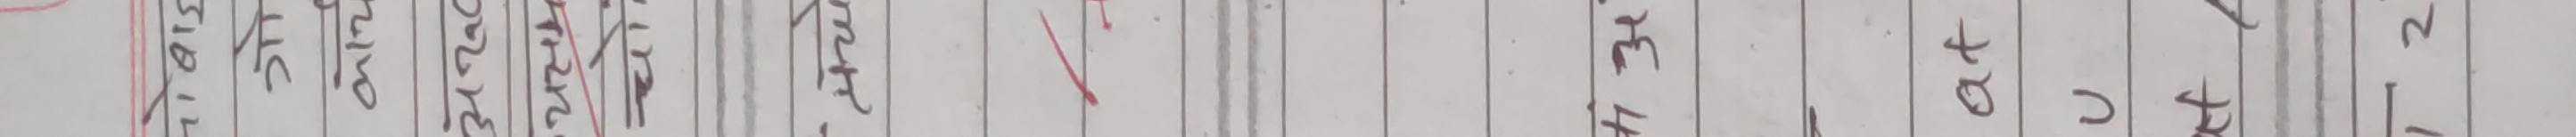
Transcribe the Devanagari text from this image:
अ २ ४ ६ ८ १० १२ १४ १६ १८ २० २२ २४ २६ २८ ३० ३२ ३४ ३६ ३८ ४० ४२ ४४ ४६ ४८ ५० ५२ ५४ ५६ ५८ ६० ६२ ६४ ६६ ६८ ७० ७२ ७४ ७६ ७८ ८० ८२ ८४ ८६ ८८ ९० ९२ ९४ ९६ ९८ १०० १०२ १०४ १०६ १०८ ११० ११२ ११४ ११६ ११८ १२० १२२ १२४ १२६ १२८ १३० १३२ १३४ १३६ १३८ १४० १४२ १४४ १४६ १४८ १५० १५२ १५४ १५६ १५८ १६० १६२ १६४ १६६ १६८ १७० १७२ १७४ १७६ १७८ १८० १८२ १८४ १८६ १८८ १९० १९२ १९४ १९६ १९८ २०० २०२ २०४ २०६ २०८ २१० २१२ २१४ २१६ २१८ २२० २२२ २२४ २२६ २२८ २३० २३२ २३४ २३६ २३८ २४० २४२ २४४ २४६ २४८ २५० २५२ २५४ २५६ २५८ २६० २६२ २६४ २६६ २६८ २७० २७२ २७४ २७६ २७८ २८० २८२ २८४ २८६ २८८ २९० २९२ २९४ २९६ २९८ ३०० ३०२ ३०४ ३०६ ३०८ ३१० ३१२ ३१४ ३१६ ३१८ ३२० ३२२ ३२४ ३२६ ३२८ ३३० ३३२ ३३४ ३३६ ३३८ ३४० ३४२ ३४४ ३४६ ३४८ ३५० ३५२ ३५४ ३५६ ३५८ ३६० ३६२ ३६४ ३६६ ३६८ ३७० ३७२ ३७४ ३७६ ३७८ ३८० ३८२ ३८४ ३८६ ३८८ ३९० ३९२ ३९४ ३९६ ३९८ ४०० ४०२ ४०४ ४०६ ४०८ ४१० ४१२ ४१४ ४१६ ४१८ ४२० ४२२ ४२४ ४२६ ४२८ ४३० ४३२ ४३४ ४३६ ४३८ ४४० ४४२ ४४४ ४४६ ४४८ ४५० ४५२ ४५४ ४५६ ४५८ ४६० ४६२ ४६४ ४६६ ४६८ ४७० ४७२ ४७४ ४७६ ४७८ ४८० ४८२ ४८४ ४८६ ४८८ ४९० ४९२ ४९४ ४९६ ४९८ ५०० ५०२ ५०४ ५०६ ५०८ ५१० ५१२ ५१४ ५१६ ५१८ ५२० ५२२ ५२४ ५२६ ५२८ ५३० ५३२ ५३४ ५३६ ५३८ ५४० ५४२ ५४४ ५४६ ५४८ ५५० ५५२ ५५४ ५५६ ५५८ ५६० ५६२ ५६४ ५६६ ५६८ ५७० ५७२ ५७४ ५७६ ५७८ ५८० ५८२ ५८४ ५८६ ५८८ ५९० ५९२ ५९४ ५९६ ५९८ ६०० ६०२ ६०४ ६०६ ६०८ ६१० ६१२ ६१४ ६१६ ६१८ ६२० ६२२ ६२४ ६२६ ६२८ ६३० ६३२ ६३४ ६३६ ६३८ ६४० ६४२ ६४४ ६४६ ६४८ ६५० ६५२ ६५४ ६५६ ६५८ ६६० ६६२ ६६४ ६६६ ६६८ ६७० ६७२ ६७४ ६७६ ६७८ ६८० ६८२ ६८४ ६८६ ६८८ ६९० ६९२ ६९४ ६९६ ६९८ ७०० ७०२ ७०४ ७०६ ७०८ ७१० ७१२ ७१४ ७१६ ७१८ ७२० ७२२ ७२४ ७२६ ७२८ ७३० ७३२ ७३४ ७३६ ७३८ ७४० ७४२ ७४४ ७४६ ७४८ ७५० ७५२ ७५४ ७५६ ७५८ ७६० ७६२ ७६४ ७६६ ७६८ ७७० ७७२ ७७४ ७७६ ७७८ ७८० ७८२ ७८४ ७८६ ७८८ ७९० ७९२ ७९४ ७९६ ७९८ ८०० ८०२ ८०४ ८०६ ८०८ ८१० ८१२ ८१४ ८१६ ८१८ ८२० ८२२ ८२४ ८२६ ८२८ ८३० ८३२ ८३४ ८३६ ८३८ ८४० ८४२ ८४४ ८४६ ८४८ ८५० ८५२ ८५४ ८५६ ८५८ ८६० ८६२ ८६४ ८६६ ८६८ ८७० ८७२ ८७४ ८७६ ८७८ ८८० ८८२ ८८४ ८८६ ८८८ ८९० ८९२ ८९४ ८९६ ८९८ ९०० ९०२ ९०४ ९०६ ९०८ ९१० ९१२ ९१४ ९१६ ९१८ ९२० ९२२ ९२४ ९२६ ९२८ ९३० ९३२ ९३४ ९३६ ९३८ ९४० ९४२ ९४४ ९४६ ९४८ ९५० ९५२ ९५४ ९५६ ९५८ ९६० ९६२ ९६४ ९६६ ९६८ ९७० ९७२ ९७४ ९७६ ९७८ ९८० ९८२ ९८४ ९८६ ९८८ ९९० ९९२ ९९४ ९९६ ९९८ १००० अ २ ३ ४ ५ ६ ७ ८ ९ १० ११ १२ १३ १४ १५ १६ १७ १८ १९ २० २१ २२ २३ २४ २५ २६ २७ २८ २९ ३० ३१ ३२ ३३ ३४ ३५ ३६ ३७ ३८ ३९ ४० ४१ ४२ ४३ ४४ ४५ ४६ ४७ ४८ ४९ ५० ५१ ५२ ५३ ५४ ५५ ५६ ५७ ५८ ५९ ६० ६१ ६२ ६३ ६४ ६५ ६६ ६७ ६८ ६९ ७० ७१ ७२ ७३ ७४ ७५ ७६ ७७ ७८ ७९ ८० ८१ ८२ ८३ ८४ ८५ ८६ ८७ ८८ ८९ ९० ९१ ९२ ९३ ९४ ९५ ९६ ९७ ९८ ९९ १०० १०१ १०२ १०३ १०४ १०५ १०६ १०७ १०८ १०९ ११० १११ ११२ ११३ ११४ ११५ ११६ ११७ ११८ ११९ १२० १२१ १२२ १२३ १२४ १२५ १२६ १२७ १२८ १२९ १३० १३१ १३२ १३३ १३४ १३५ १३६ १३७ १३८ १३९ १४० १४१ १४२ १४३ १४४ १४५ १४६ १४७ १४८ १४९ १५० १५१ १५२ १५३ १५४ १५५ १५६ १५७ १५८ १५९ १६० १६१ १६२ १६३ १६४ १६५ १६६ १६७ १६८ १६९ १७० १७१ १७२ १७३ १७४ १७५ १७६ १७७ १७८ १७९ १८० १८१ १८२ १८३ १८४ १८५ १८६ १८७ १८८ १८९ १९० १९१ १९२ १९३ १९४ १९५ १९६ १९७ १९८ १९९ २०० २०१ २०२ २०३ २०४ २०५ २०६ २०७ २०८ २०९ २१० २११ २१२ २१३ २१४ २१५ २१६ २१७ २१८ २१९ २२० २२१ २२२ २२३ २२४ २२५ २२६ २२७ २२८ २२९ २३० २३१ २३२ २३३ २३४ २३५ २३६ २३७ २३८ २३९ २४० २४१ २४२ २४३ २४४ २४५ २४६ २४७ २४८ २४९ २५० २५१ २५२ २५३ २५४ २५५ २५६ २५७ २५८ २५९ २६० २६१ २६२ २६३ २६४ २६५ २६६ २६७ २६८ २६९ २७० २७१ २७२ २७३ २७४ २७५ २७६ २७७ २७८ २७९ २८० २८१ २८२ २८३ २८४ २८५ २८६ २८७ २८८ २८९ २९० २९१ २९२ २९३ २९४ २९५ २९६ २९७ २९८ २९९ ३०० ३०१ ३०२ ३०३ ३०४ ३०५ ३०६ ३०७ ३०८ ३०९ ३१० ३११ ३१२ ३१३ ३१४ ३१५ ३१६ ३१७ ३१८ ३१९ ३२० ३२१ ३२२ ३२३ ३२४ ३२५ ३२६ ३२७ ३२८ ३२९ ३३० ३३१ ३३२ ३३३ ३३४ ३३५ ३३६ ३३७ ३३८ ३३९ ३४० ३४१ ३४२ ३४३ ३४४ ३४५ ३४६ ३४७ ३४८ ३४९ ३५० ३५१ ३५२ ३५३ ३५४ ३५५ ३५६ ३५७ ३५८ ३५९ ३६० ३६१ ३६२ ३६३ ३६४ ३६५ ३६६ ३६७ ३६८ ३६९ ३७० ३७१ ३७२ ३७३ ३७४ ३७५ ३७६ ३७७ ३७८ ३७९ ३८० ३८१ ३८२ ३८३ ३८४ ३८५ ३८६ ३८७ ३८८ ३८९ ३९० ३९१ ३९२ ३९३ ३९४ ३९५ ३९६ ३९७ ३९८ ३९९ ४०० ४०१ ४०२ ४०३ ४०४ ४०५ ४०६ ४०७ ४०८ ४०९ ४१० ४११ ४१२ ४१३ ४१४ ४१५ ४१६ ४१७ ४१८ ४१९ ४२० ४२१ ४२२ ४२३ ४२४ ४२५ ४२६ ४२७ ४२८ ४२९ ४३० ४३१ ४३२ ४३३ ४३४ ४३५ ४३६ ४३७ ४३८ ४३९ ४४० ४४१ ४४२ ४४३ ४४४ ४४५ ४४६ ४४७ ४४८ ४४९ ४५० ४५१ ४५२ ४५३ ४५४ ४५५ ४५६ ४५७ ४५८ ४५९ ४६० ४६१ ४६२ ४६३ ४६४ ४६५ ४६६ ४६७ ४६८ ४६९ ४७० ४७१ ४७२ ४७३ ४७४ ४७५ ४७६ ४७७ ४७८ ४७९ ४८० ४८१ ४८२ ४८३ ४८४ ४८५ ४८६ ४८७ ४८८ ४८९ ४९० ४९१ ४९२ ४९३ ४९४ ४९५ ४९६ ४९७ ४९८ ४९९ ५०० ५०१ ५०२ ५०३ ५०४ ५०५ ५०६ ५०७ ५०८ ५०९ ५१० ५११ ५१२ ५१३ ५१४ ५१५ ५१६ ५१७ ५१८ ५१९ ५२० ५२१ ५२२ ५२३ ५२४ ५२५ ५२६ ५२७ ५२८ ५२९ ५३० ५३१ ५३२ ५३३ ५३४ ५३५ ५३६ ५३७ ५३८ ५३९ ५४० ५४१ ५४२ ५४३ ५४४ ५४५ ५४६ ५४७ ५४८ ५४९ ५५० ५५१ ५५२ ५५३ ५५४ ५५५ ५५६ ५५७ ५५८ ५५९ ५६० ५६१ ५६२ ५६३ ५६४ ५६५ ५६६ ५७७ ५७८ ५७९ ५८० ५८१ ५८२ ५८३ ५८४ ५८५ ५८६ ५८७ ५८८ ५८९ ५९० ५९१ ५९२ ५९३ ५९४ ५९५ ५९६ ५९७ ५९८ ५९९ ६०० ६०१ ६०२ ६०३ ६०४ ६०५ ६०६ ६०७ ६०८ ६०९ ६१० ६११ ६१२ ६१३ ६१४ ६१५ ६१६ ६१७ ६१८ ६१९ ६२० ६२१ ६२२ ६२३ ६२४ ६२५ ६२६ ६२७ ६२८ ६२९ ६३० ६३१ ६३२ ६३३ ६३४ ६३५ ६३६ ६३७ ६३८ ६३९ ६४० ६४१ ६४२ ६४३ ६४४ ६४५ ६४६ ६४७ ६४८ ६४९ ६५० ६५१ ६५२ ६५३ ६५४ ६५५ ६५६ ६५७ ६५८ ६५९ ६६० ६६१ ६६२ ६६३ ६६४ ६६५ ६६६ ६६७ ६६८ ६६९ ६७० ६७१ ६७२ ६७३ ६७४ ६७५ ६७६ ६७७ ६७८ ६७९ ६८० ६८१ ६८२ ६८३ ६८४ ६८५ ६८६ ६८७ ६८८ ६८९ ६९० ६९१ ६९२ ६९३ ६९४ ६९५ ६९६ ६९७ ६९८ ६९९ ७०० ७०१ ७०२ ७०३ ७०४ ७०५ ७०६ ७०७ ७०८ ७०९ ७१० ७११ ७१२ ७१३ ७१४ ७१५ ७१६ ७१७ ७१८ ७१९ ७२० ७२१ ७२२ ७२३ ७२४ ७२५ ७२६ ७२७ ७२८ ७२९ ७३० ७३१ ७३२ ७३३ ७३४ ७३५ ७३६ ७३७ ७३८ ७३९ ७४० ७४१ ७४२ ७४३ ७४४ ७४५ ७४६ ७४७ ७४८ ७४९ ७५० ७५१ ७५२ ७५३ ७५४ ७५५ ७५६ ७५७ ७५८ ७५९ ७६० ७६१ ७६२ ७६३ ७६४ ७६५ ७६६ ७६७ ७६८ ७६९ ७७० ७७१ ७७२ ७७३ ७७४ ७७५ ७७६ ७७७ ७७८ ७७९ ७८० ७८१ ७८२ ७८३ ७८४ ७८५ ७८६ ७८७ ७८८ ७८९ ७९० ७९१ ७९२ ७९३ ७९४ ७९५ ७९६ ७९७ ७९८ ७९९ ८०० ८०१ ८०२ ८०३ ८०४ ८०५ ८०६ ८०७ ८०८ ८०९ ८१० ८११ ८१२ ८१३ ८१४ ८१५ ८१६ ८१७ ८१८ ८१९ ८२० ८२१ ८२२ ८२३ ८२४ ८२५ ८२६ ८२७ ८२८ ८२९ ८३० ८३१ ८३२ ८३३ ८३४ ८३५ ८३६ ८३७ ८३८ ८३९ ८४० ८४१ ८४२ ८४३ ८४४ ८४५ ८४६ ८४७ ८४८ ८४९ ८५० ८५१ ८५२ ८५३ ८५४ ८५५ ८५६ ८५७ ८५८ ८५९ ८६० ८६१ ८६२ ८६३ ८६४ ८६५ ८६६ ८६७ ८६८ ८६९ ८७० ८७१ ८७२ ८७३ ८७४ ८७५ ८७६ ८७७ ८७८ ८७९ ८८० ८८१ ८८२ ८८३ ८८४ ८८५ ८८६ ८८७ ८८८ ८८९ ८९० ८९१ ८९२ ८९३ ८९४ ८९५ ८९६ ८९७ ८९८ ८९९ ९०० ९०१ ९०२ ९०३ ९०४ ९०५ ९०६ ९०७ ९०८ ९०९ ९१० ९११ ९१२ ९१३ ९१४ ९१५ ९१६ ९१७ ९१८ ९१९ ९२० ९२१ ९२२ ९२३ ९२४ ९२५ ९२६ ९२७ ९२८ ९२९ ९३० ९३१ ९३२ ९३३ ९३४ ९३५ ९३६ ९३७ ९३८ ९३९ ९४० ९४१ ९४२ ९४३ ९४४ ९४५ ९४६ ९४७ ९४८ ९४९ ९५० ९५१ ९५२ ९५३ ९५४ ९५५ ९५६ ९५७ ९५८ ९५९ ९६० ९६१ ९६२ ९६३ ९६४ ९६५ ९६६ ९६७ ९६८ ९६९ ९७० ९७१ ९७२ ९७३ ९७४ ९७५ ९७६ ९७७ ९७८ ९७९ ९८० ९८१ ९८२ ९८३ ९८४ ९८५ ९८६ ९८७ ९८८ ९८९ ९९० ९९१ ९९२ ९९३ ९९४ ९९५ ९९६ ९९७ ९९८ ९९९ १००० अनुक्रमणिका विषय पृष्ठ १ २ ३ ४ ५ ६ ७ ८ ९ १० ११ १२ १३ १४ १५ १६ १७ १८ १९ २० २१ २२ २३ २४ २५ २६ २७ २८ २९ ३० ३१ ३२ ३३ ३४ ३५ ३६ ३७ ३८ ३९ ४० ४१ ४२ ४३ ४४ ४५ ४६ ४७ ४८ ४९ ५० ५१ ५२ ५३ ५४ ५५ ५६ ५७ ५८ ५९ ६० ६१ ६२ ६३ ६४ ६५ ६६ ६७ ६८ ६९ ७० ७१ ७२ ७३ ७४ ७५ ७६ ७७ ७८ ७९ ८० ८१ ८२ ८३ ८४ ८५ ८६ ८७ ८८ ८९ ९० ९१ ९२ ९३ ९४ ९५ ९६ ९७ ९८ ९९ १०० १०१ १०२ १०३ १०४ १०५ १०६ १०७ १०८ १०९ ११० १११ ११२ ११३ ११४ ११५ ११६ ११७ ११८ ११९ १२० १२१ १२२ १२३ १२४ १२५ १२६ १२७ १२८ १२९ १३० १३१ १३२ १३३ १३४ १३५ १३६ १३७ १३८ १३९ १४० १४१ १४२ १४३ १४४ १४५ १४६ १४७ १४८ १४९ १५० १५१ १५२ १५३ १५४ १५५ १५६ १५७ १५८ १५९ १६० १६१ १६२ १६३ १६४ १६५ १६६ १६७ १६८ १६९ १७० १७१ १७२ १७३ १७४ १७५ १७६ १७७ १७८ १७९ १८० १८१ १८२ १८३ १८४ १८५ १८६ १८७ १८८ १८९ १९० १९१ १९२ १९३ १९४ १९५ १९६ १९७ १९८ १९९ २०० २०१ २०२ २०३ २०४ २०५ २०६ २०७ २०८ २०९ २१० २११ २१२ २१३ २१४ २१५ २१६ २१७ २१८ २१९ २२० २२१ २२२ २२३ २२४ २२५ २२६ २२७ २२८ २२९ २३० २३१ २३२ २३३ २३४ २३५ २३६ २३७ २३८ २३९ २४० २४१ २४२ २४३ २४४ २४५ २४६ २४७ २४८ २४९ २५० २५१ २५२ २५३ २५४ २५५ २५६ २५७ २५८ २५९ २६० २६१ २६२ २६३ २६४ २६५ २६६ २६७ २६८ २६९ २७० २७१ २७२ २७३ २७४ २७५ २७६ २७७ २७८ २७९ २८० २८१ २८२ २८३ २८४ २८५ २८६ २८७ २८८ २८९ २९० २९१ २९२ २९३ २९४ २९५ २९६ २९७ २९८ २९९ ३०० ३०१ ३०२ ३०३ ३०४ ३०५ ३०६ ३०७ ३०८ ३०९ ३१० ३११ ३१२ ३१३ ३१४ ३१५ ३१६ ३१७ ३१८ ३१९ ३२० ३२१ ३२२ ३२३ ३२४ ३२५ ३२६ ३२७ ३२८ ३२९ ३३० ३३१ ३३२ ३३३ ३३४ ३३५ ३३६ ३३७ ३३८ ३३९ ३४० ३४१ ३४२ ३४३ ३४४ ३४५ ३४६ ३४७ ३४८ ३४९ ३५० ३५१ ३५२ ३५३ ३५४ ३५५ ३५६ ३५७ ३५८ ३५९ ३६० ३६१ ३६२ ३६३ ३६४ ३६५ ३६६ ३६७ ३६८ ३६९ ३७० ३७१ ३७२ ३७३ ३७४ ३७५ ३७६ ३७७ ३७८ ३७९ ३८० ३८१ ३८२ ३८३ ३८४ ३८५ ३८६ ३८७ ३८८ ३८९ ३९० ३९१ ३९२ ३९३ ३९४ ३९५ ३९६ ३९७ ३९८ ३९९ ४०० ४०१ ४०२ ४०३ ४०४ ४०५ ४०६ ४०७ ४०८ ४०९ ४१० ४११ ४१२ ४१३ ४१४ ४१५ ४१६ ४१७ ४१८ ४१९ ४२० ४२१ ४२२ ४२३ ४२४ ४२५ ४२६ ४२७ ४२८ ४२९ ४३० ४३१ ४३२ ४३३ ४३४ ४३५ ४३६ ४३७ ४३८ ४३९ ४४० ४४१ ४४२ ४४३ ४४४ ४४५ ४४६ ४४७ ४४८ ४४९ ४५० ४५१ ४५२ ४५३ ४५४ ४५५ ४५६ ४५७ ४५८ ४५९ ४६० ४६१ ४६२ ४६३ ४६४ ४६५ ४६६ ४६७ ४६८ ४६९ ४७० ४७१ ४७२ ४७३ ४७४ ४७५ ४७६ ४७७ ४७८ ४७९ ४८० ४८१ ४८२ ४८३ ४८४ ४८५ ४८६ ४८७ ४८८ ४८९ ४९० ४९१ ४९२ ४९३ ४९४ ४९५ ४९६ ४९७ ४९८ ४९९ ५०० ५०१ ५०२ ५०३ ५०४ ५०५ ५०६ ५०७ ५०८ ५०९ ५१० ५११ ५१२ ५१३ ५१४ ५१५ ५१६ ५१७ ५१८ ५१९ ५२० ५२१ ५२२ ५२३ ५२४ ५२५ ५२६ ५२७ ५२८ ५२९ ५३० ५३१ ५३२ ५३३ ५३४ ५३५ ५३६ ५३७ ५३८ ५३९ ५४० ५४१ ५४२ ५४३ ५४४ ५४५ ५४६ ५४७ ५४८ ५४९ ५५० ५५१ ५५२ ५५३ ५५४ ५५५ ५५६ ५५७ ५५८ ५५९ ५६० ५६१ ५६२ ५६३ ५६४ ५६५ ५६६ ५६७ ५६८ ५६९ ५७० ५७१ ५७२ ५७३ ५७४ ५७५ ५७६ ५७७ ५७८ ५७९ ५८० ५८१ ५८२ ५८३ ५८४ ५८५ ५८६ ५८७ ५८८ ५८९ ५९० ५९१ ५९२ ५९३ ५९४ ५९५ ५९६ ५९७ ५९८ ५९९ ६०० ६०१ ६०२ ६०३ ६०४ ६०५ ६०६ ६०७ ६०८ ६०९ ६१० ६११ ६१२ ६१३ ६१४ ६१५ ६१६ ६१७ ६१८ ६१९ ६२० ६२१ ६२२ ६२३ ६२४ ६२५ ६२६ ६२७ ६२८ ६२९ ६३० ६३१ ६३२ ६३३ ६३४ ६३५ ६३६ ६३७ ६३८ ६३९ ६४० ६४१ ६४२ ६४३ ६४४ ६४५ ६४६ ६४७ ६४८ ६४९ ६५० ६५१ ६५२ ६५३ ६५४ ६५५ ६५६ ६५७ ६५८ ६५९ ६६० ६६१ ६६२ ६६३ ६६४ ६६५ ६६६ ६६७ ६६८ ६६९ ६७० ६७१ ६७२ ६७३ ६७४ ६७५ ६७६ ६७७ ६७८ ६७९ ६८० ६८१ ६८२ ६८३ ६८४ ६८५ ६८६ ६८७ ६८८ ६८९ ६९० ६९१ ६९२ ६९३ ६९४ ६९५ ६९६ ६९७ ६९८ ६९९ ७०० ७०१ ७०२ ७०३ ७०४ ७०५ ७०६ ७०७ ७०८ ७०९ ७१० ७११ ७१२ ७१३ ७१४ ७१५ ७१६ ७१७ ७१८ ७१९ ७२० ७२१ ७२२ ७२३ ७२४ ७२५ ७२६ ७२७ ७२८ ७२९ ७३० ७३१ ७३२ ७३३ ७३४ ७३५ ७३६ ७३७ ७३८ ७३९ ७४० ७४१ ७४२ ७४३ ७४४ ७४५ ७४६ ७४७ ७४८ ७४९ ७५० ७५१ ७५२ ७५३ ७५४ ७५५ ७५६ ७५७ ७५८ ७५९ ७६० ७६१ ७६२ ७६३ ७६४ ७६५ ७६६ ७६७ ७६८ ७६९ ७७० ७७१ ७७२ ७७३ ७७४ ७७५ ७७६ ७७७ ७७८ ७७९ ७८० ७८१ ७८२ ७८३ ७८४ ७८५ ७८६ ७८७ ७८८ ७८९ ७९० ७९१ ७९२ ७९३ ७९४ ७९५ ७९६ ७९७ ७९८ ७९९ ८०० ८०१ ८०२ ८०३ ८०४ ८०५ ८०६ ८०७ ८०८ ८०९ ८१० ८११ ८१२ ८१३ ८१४ ८१५ ८१६ ८१७ ८१८ ८१९ ८२० ८२१ ८२२ ८२३ ८२४ ८२५ ८२६ ८२७ ८२८ ८२९ ८३० ८३१ ८३२ ८३३ ८३४ ८३५ ८३६ ८३७ ८३८ ८३९ ८४० ८४१ ८४२ ८४३ ८४४ ८४५ ८४६ ८४७ ८४८ ८४९ ८५० ८५१ ८५२ ८५३ ८५४ ८५५ ८५६ ८५७ ८५८ ८५९ ८६० ८६१ ८६२ ८६३ ८६४ ८६५ ८६६ ८६७ ८६८ ८६९ ८७० ८७१ ८७२ ८७३ ८७४ ८७५ ८७६ ८७७ ८७८ ८७९ ८८० ८८१ ८८२ ८८३ ८८४ ८८५ ८८६ ८८७ ८८८ ८८९ ८९० ८९१ ८९२ ८९३ ८९४ ८९५ ८९६ ८९७ ८९८ ८९९ ९०० ९०१ ९०२ ९०३ ९०४ ९०५ ९०६ ९०७ ९०८ ९०९ ९१० ९११ ९१२ ९१३ ९१४ ९१५ ९१६ ९१७ ९१८ ९१९ ९२० ९२१ ९२२ ९२३ ९२४ ९२५ ९२६ ९२७ ९२८ ९२९ ९३० ९३१ ९३२ ९३३ ९३४ ९३५ ९३६ ९३७ ९३८ ९३९ ९४० ९४१ ९४२ ९४३ ९४४ ९४५ ९४६ ९४७ ९४८ ९४९ ९५० ९५१ ९५२ ९५३ ९५४ ९५५ ९५६ ९५७ ९५८ ९५९ ९६० ९६१ ९६२ ९६३ ९६४ ९६५ ९६६ ९६७ ९६८ ९६९ ९७० ९७१ ९७२ ९७३ ९७४ ९७५ ९७६ ९७७ ९७८ ९७९ ९८० ९८१ ९८२ ९८३ ९८४ ९८५ ९८६ ९८७ ९८८ ९८९ ९९० ९९१ ९९२ ९९३ ९९४ ९९५ ९९६ ९९७ ९९८ ९९९ १००० १ २